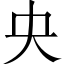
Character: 央